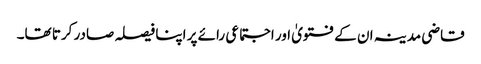
قاضی مدینہ ان کے فتویٰ اور اجتماعی رائے پر اپنا فیصلہ صادر کرتا تھا۔